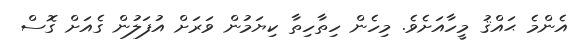
އެންމެ ޙައްޤު މީހާއަށެވެ. މިހެން ހިތާހިތާ ކިޔަމުން ވަރަށް އުފަލުން ގެއަށް ގޮސް